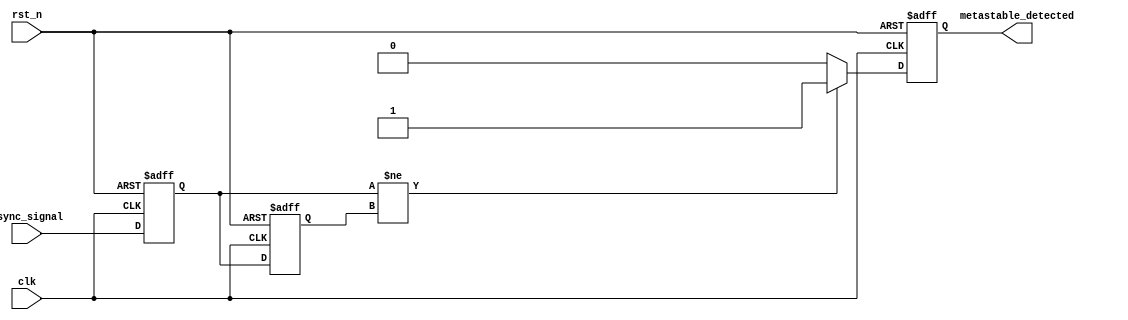
module metastability_detector (
    input wire clk,               // Clock signal
    input wire rst_n,             // Active low reset
    input wire async_signal,      // Asynchronous input signal
    output reg metastable_detected // Output signal indicating metastability
);

    // Internal signals for the synchronizer flip-flops
    reg sync_ff1;                 // First synchronizer flip-flop
    reg sync_ff2;                 // Second synchronizer flip-flop

    // Synchronizer flip-flops
    always @(posedge clk or negedge rst_n) begin
        if (!rst_n) begin
            sync_ff1 <= 1'b0;
            sync_ff2 <= 1'b0;
        end else begin
            sync_ff1 <= async_signal; // Sample async signal
            sync_ff2 <= sync_ff1;      // Sample output of first flip-flop
        end
    end

    // Metastability detection logic
    always @(posedge clk or negedge rst_n) begin
        if (!rst_n) begin
            metastable_detected <= 1'b0; // Clear metastability detection on reset
        end else begin
            // Detect metastability condition
            // Here we assume that metastability is indicated by the output of the first flip-flop
            // not stabilizing before being sampled by the second flip-flop.
            // This is a simple example; in practice, you might need more sophisticated logic.
            if (sync_ff1 != sync_ff2) begin
                metastable_detected <= 1'b1; // Metastability detected
            end else begin
                metastable_detected <= 1'b0; // No metastability
            end
        end
    end

endmodule